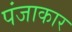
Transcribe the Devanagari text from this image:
पंजाकार